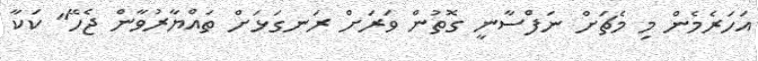
އަހަރެމެން މި މެޗަށް ނަފްސާނީ ގޮތުން ވަރަށް ރަނގަޅަށް ތައްޔާރުވާން ޖެހޭ" ކަކާ